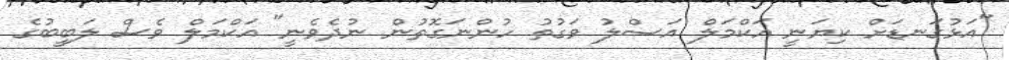
"އަޅުގަނޑަށް ކިޔަނީ އަކްމަލް އަސްލު ވަގުތު ހުންނަގޮތުން ނުދެވެނީ" އަކްމަލް ވެސް ލަބީބުގެ